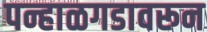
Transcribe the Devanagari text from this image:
पन्हाळगडावरून